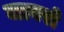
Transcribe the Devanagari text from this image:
जावरो